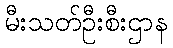
မီးသတ်ဦးစီးဌာန